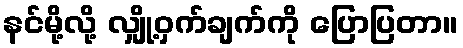
နင်မို့လို့ လျှို့ဝှက်ချက်ကို ပြောပြတာ။